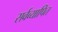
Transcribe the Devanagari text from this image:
सर्वव्यापित